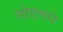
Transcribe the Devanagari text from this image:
सोडणारे